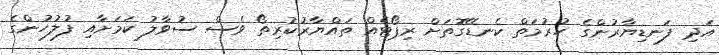
އަދި ފަނޑިޔާރުންގެ ހުރުމަތް ކެނޑޭގޮތަށް ރިޕޯޓެއް ތައްޔާރުކުރިތޯ ވެސް ސުވާލު ކަމަށާއި ފުލުހުންގެ